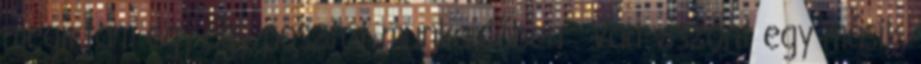
megírtam egy-egy posztot munkaidőben . Van viszont egy másik,